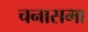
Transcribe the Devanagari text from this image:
चनासमा